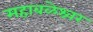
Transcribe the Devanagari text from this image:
महाबळेश्र्वर